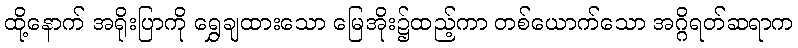
ထို့နောက် အရိုးပြာကို ရွှေချထားသော မြေအိုး၌ထည့်ကာ တစ်ယောက်သော အဂ္ဂိရတ်ဆရာက